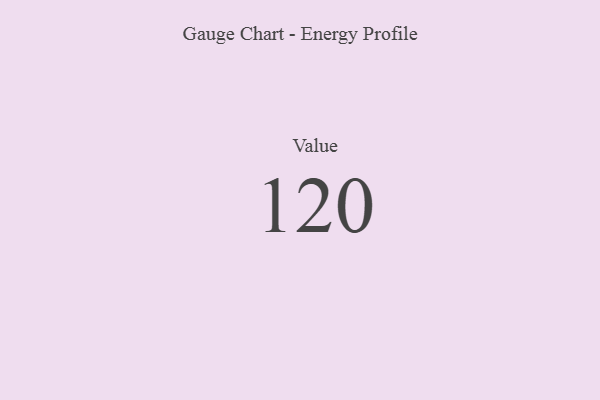
{"axis": {"x": "Metric", "y": "Value"}, "legend": [""], "data": [{"x": "Value", "y": 120, "type": ""}]}